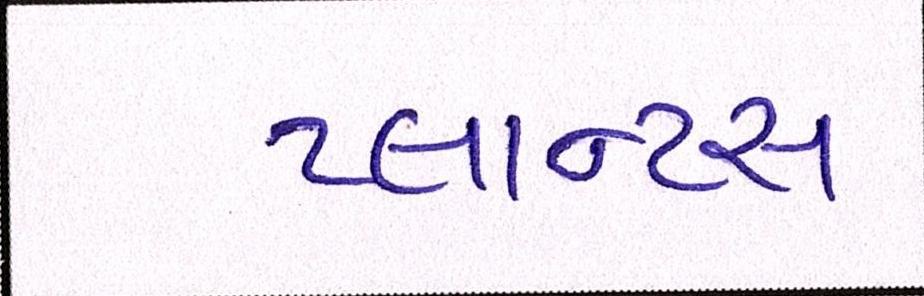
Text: પ્લાન્ટસ